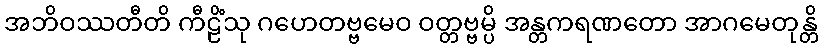
အဘိဝဿတီတိ ကီဠိံသု ဂဟေတဗ္ဗမေဝ ဝတ္တဗ္ဗမ္ပိ အန္တကရဏတော အာဂမေတုန္တိ